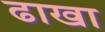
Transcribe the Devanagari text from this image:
ढाखा